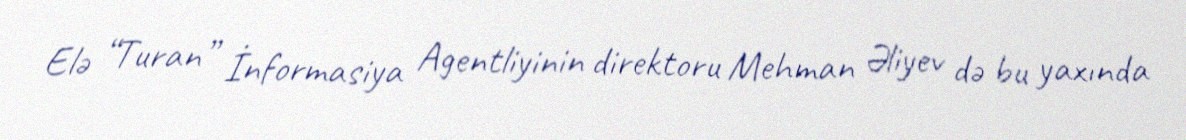
Elə “Turan” İnformasiya Agentliyinin direktoru Mehman Əliyev də bu yaxında